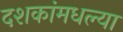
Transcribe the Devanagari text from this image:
दशकांमधल्या